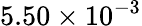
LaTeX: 5.50\times 10^{-3}